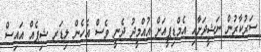
ސަރުކާރުން ނަޝީދަށާއި އެމްޑިޕީއަށް އުއްމީދު ދެނީ ވެސް އެހެން ލިޑަރ ޝިޕެއް އައިސް